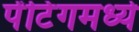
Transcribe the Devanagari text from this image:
पेंटिंगमध्ये